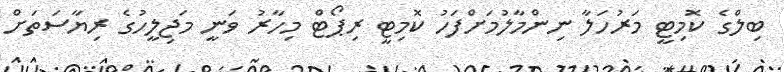
ބިލްގެ ކޮމިޓީ މަރުހަލާ ނިންމާލުމަށްފަހު ކޮމިޓީ ރިޕޯޓް މިހާރު ވަނީ މަޖިލީހުގެ ރިޔާސަތަށް